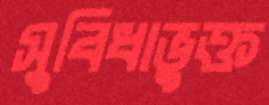
সুবিধাভুক্ত